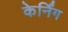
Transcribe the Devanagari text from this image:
केर्निंग